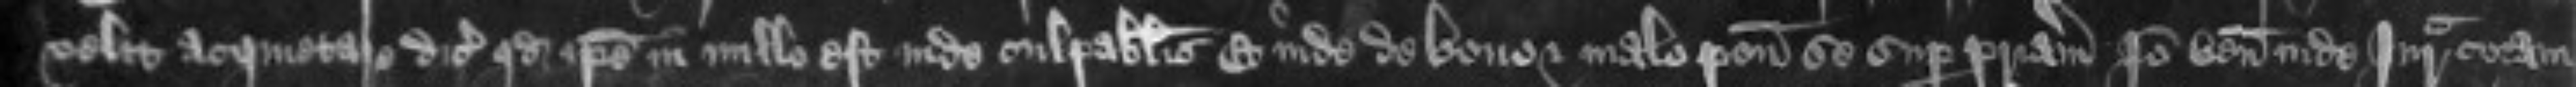
velit acquietare dicit quod ipse in nullo est inde culpabilis Et inde de bono et malo ponit se super patriam Ideo veniat inde Jurata coram